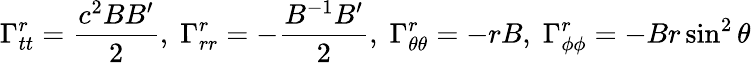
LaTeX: \Gamma_{tt}^{r}={\frac{c^{2}BB^{\prime}}{2}},\; \Gamma_{rr}^{r}=-{\frac{B^{-1}B^{\prime}}{2}},\; \Gamma_{\theta\theta}^{r}=-rB,\; \Gamma_{\phi\phi}^{r}=-Br\sin^{2}\theta